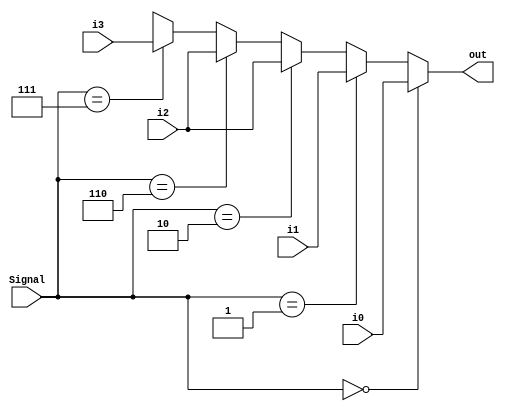
//MUX
`timescale 1ns/1ns
module MUX_4to1(out, i0, i1, i2, i3, Signal) ;

  output out ;
  input i0, i1, i2, i3 ;
  input [2:0] Signal ;
  
  parameter AND = 3'b000;
  parameter OR  = 3'b001;
  parameter ADD = 3'b010;
  parameter SUB = 3'b110;
  parameter SLT = 3'b111;
  
  assign out = (Signal == AND) ? i0 :
				(Signal == OR) ? i1 :
				(Signal == ADD) ? i2 :
				(Signal == SUB) ? i2 :
				(Signal == SLT) ? i3 :
				6'bx ;
  
endmodule